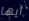
أيها